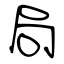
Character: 局